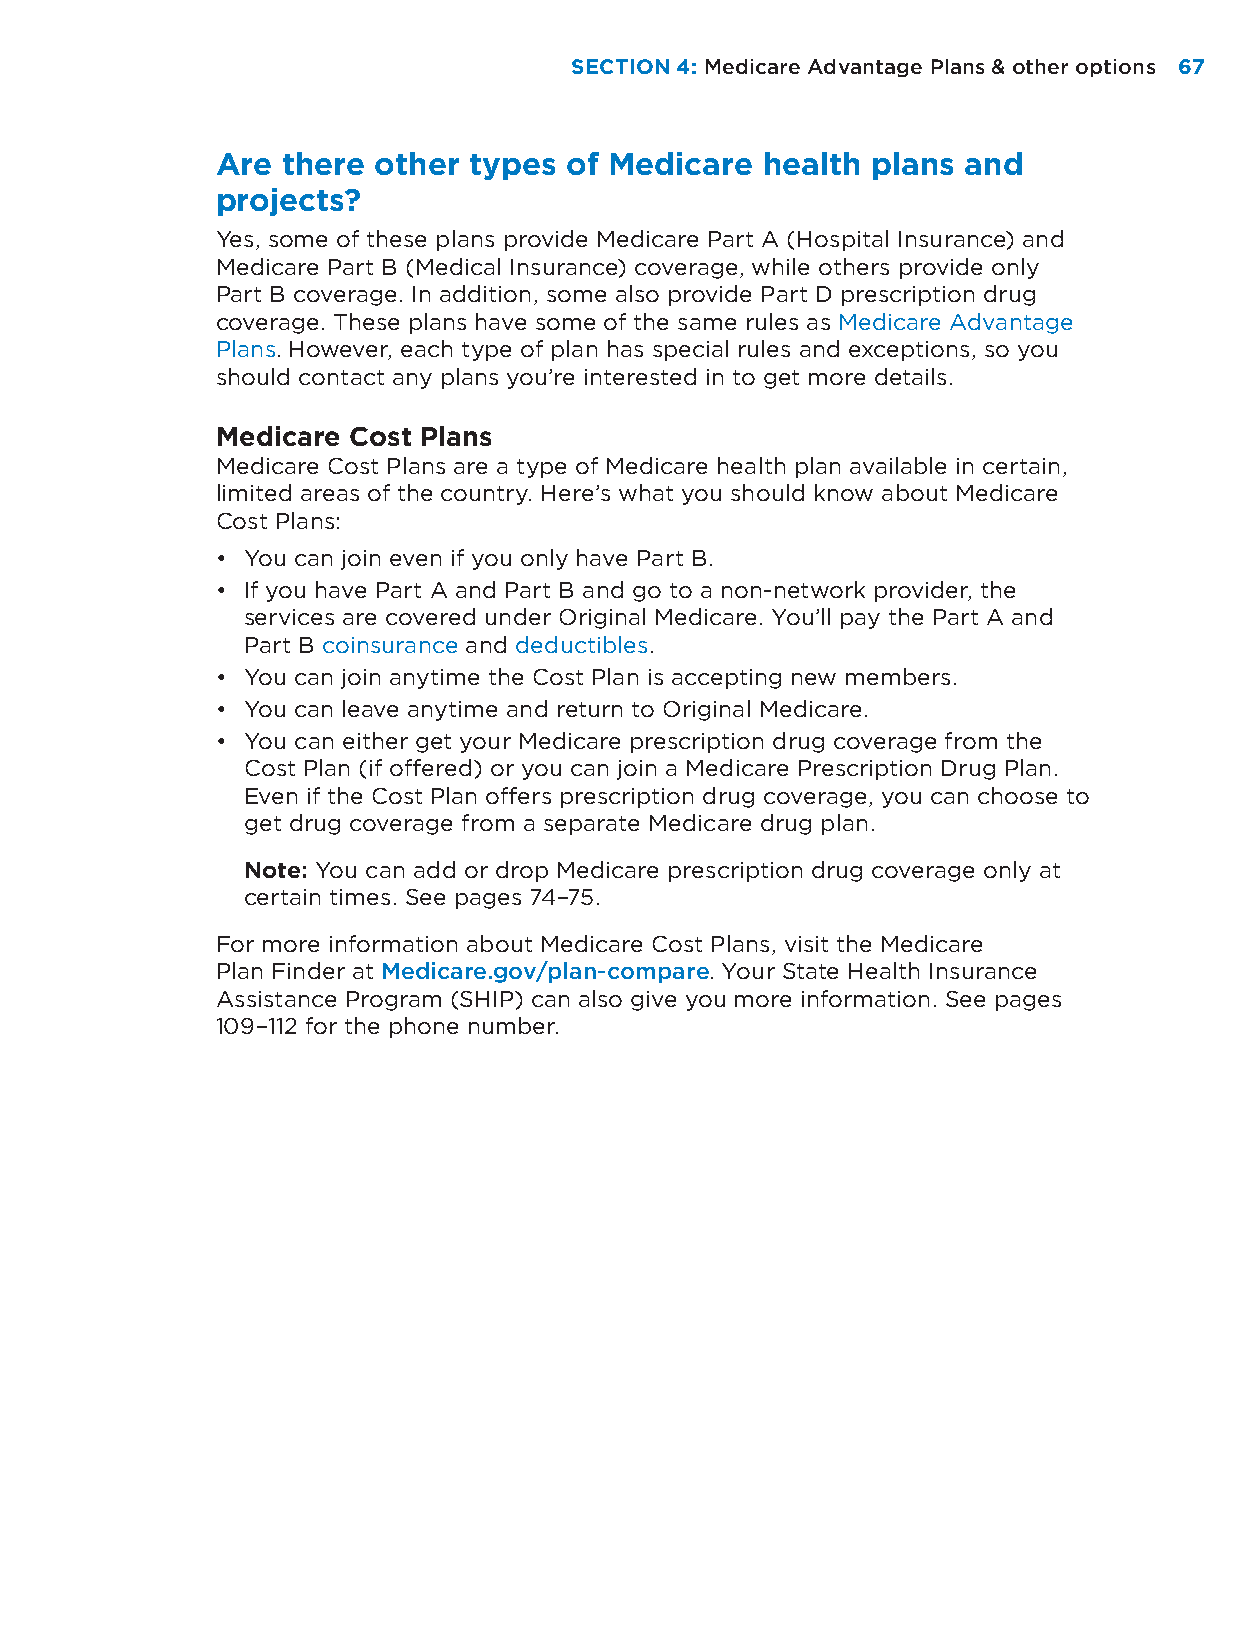
SECTION 4: Medicare Advantage Plans & other options 6677
 Are  there other types of Medicare  health  plans and
 projects?
 Yes, some of these plans provide Medicare Part A (Hospital Insurance) and
 Medicare Part B (Medical Insurance) coverage, while others provide only
 Part B coverage. In addition, some also provide Part D prescription drug
 coverage. These plans have some of the same rules as Medicare Advantage
 Plans. However, each type of plan has special rules and exceptions, so you
 should contact any plans you’re interested in to get more details.
 Medicare Cost Plans
 Medicare Cost Plans are a type of Medicare health plan available in certain,
 limited areas of the country. Here’s what you should know about Medicare
 Cost Plans:
 • You can join even if you only have Part B.
 • If you have Part A and Part B and go to a non-network provider, the
 services are covered under Original Medicare. You’ll pay the Part A and
 Part B coinsurance and deductibles.
 • You can join anytime the Cost Plan is accepting new members.
 • You can leave anytime and return to Original Medicare.
 • You can either get your Medicare prescription drug coverage from the
 Cost Plan (if offered) or you can join a Medicare Prescription Drug Plan.
 Even if the Cost Plan offers prescription drug coverage, you can choose to
 get drug coverage from a separate Medicare drug plan.
 Note: You can add or drop Medicare prescription drug coverage only at
 certain times. See pages 74–75.
 For more information about Medicare Cost Plans, visit the Medicare
 Plan Finder at Medicare.gov/plan-compare. Your State Health Insurance
 Assistance Program (SHIP) can also give you more information. See pages
 109–112 for the phone number.